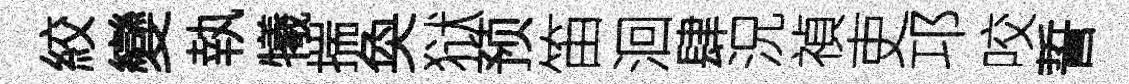
絞變執犧揣奐狱预笛洄肆況禎吏邛咬誓